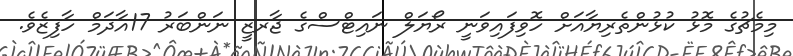
މިމެޗުގެ މޮޅު ކުޅުންތެރިޔާއަށް ހޮވިފައިވަނީ ރޯޔަލް ނައިޓްސްގެ ޖާރޒީ ނަންބަރު 17އާދަމް ހާފިޒެވެ.